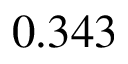
0 . 3 4 3